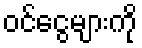
ဝင်ငွေများကို